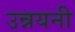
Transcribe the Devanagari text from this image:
उन्नयनी